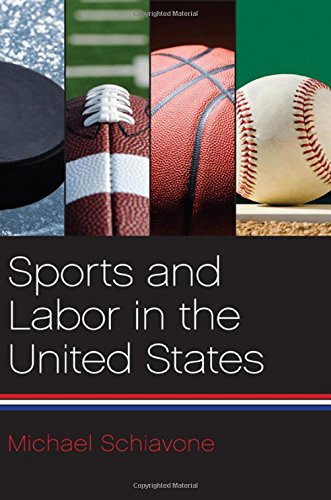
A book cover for Sports and Labor in the United States; Michael Schiavone; Sports & Outdoors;